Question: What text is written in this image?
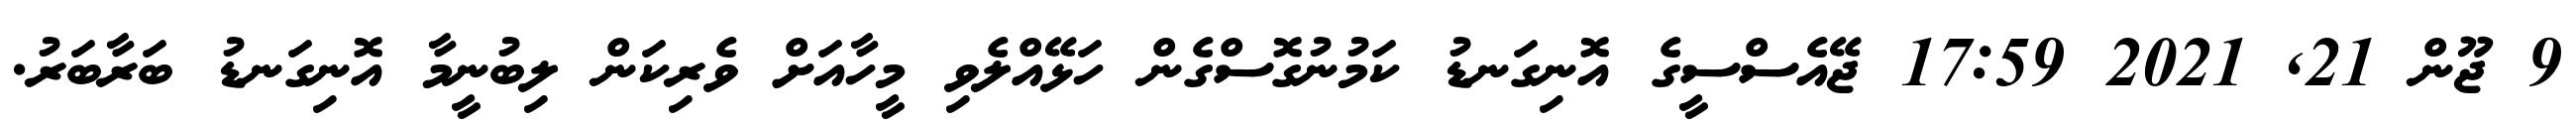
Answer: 9 ޖޫން 21, 2021 17:59 ޖޭއެސްސީގެ އޮނިގަނޑު ކަމުނުގޮސްގެން ހަޅޭއްލެވި މީހާއަށް ވެރިކަން ލިބުނީމާ އޮނިގަނޑު ބަރާބަރު.